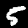
Label: 5